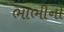
ભાભીનો